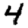
Digit: 4